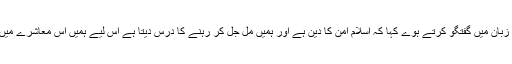
محترمہ ادیبہ نے مقامی زبان میں گفتگو کرتے ہوے کہا کہ اسلام امن کا دین ہے اور ہمیں مل جل کر رہنے کا درس دیتا ہے اس لیے ہمیں اس معاشرے میں مل جل کر رہنا چاہیے۔